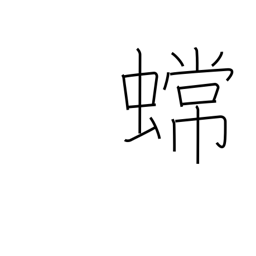
Meaning: toad